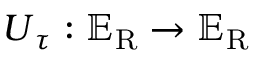
\boldsymbol { U } _ { \u { \tau } } : \mathbb { E } _ { \mathrm { R } } \rightarrow \mathbb { E } _ { \mathrm { R } }